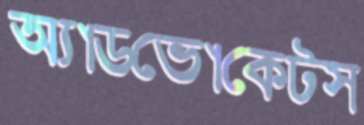
অ্যাডভোকেটস